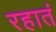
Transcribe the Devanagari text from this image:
रहातं